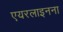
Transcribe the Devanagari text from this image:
एयरलाइनना